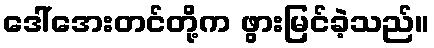
ဒေါ်အေးတင်တို့က ဖွားမြင်ခဲ့သည်။